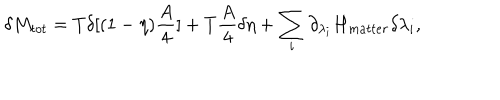
\delta M _ { t o t } = T \delta [ ( 1 - \eta ) { \frac { A } { 4 } } ] + T { \frac { A } { 4 } } \delta \eta + \sum _ { i } \partial _ { \lambda _ { i } } H _ { m a t t e r } \delta \lambda _ { i } ,